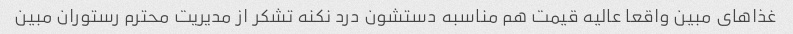
غذاهای مبین واقعا عالیه قیمت هم مناسبه دستشون درد نکنه تشکر از مدیریت محترم رستوران مبین